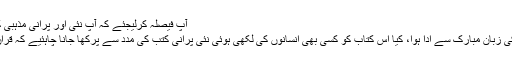
آپ فیصلہ کرلیجئے کہ آپ نئی اور پرانی مذہبی کتب کو قرآن کی مدد سے پرکھیں گے یا کہ
فرمان الہی قرآن حکیم جو رسول اللہ صلعم کی زبان مبارک سے ادا ہوا، کیا اس کتاب کو کسی بھی انسانوں کی لکھی ہوئی نئی پرانی کتب کی مدد سے پرکھا جانا چاہئیے کہ قران حکیم میں‌ درست کیا ہے اور غلط کیا ہے؟